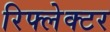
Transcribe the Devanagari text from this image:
रिफ्लेक्‍टर